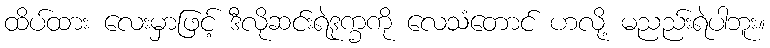
ထိပ်ထား လေးမှာဖြင့် ဒီလိုဆင်းရဲဒုက္ခကို လေသံတောင် ဟလို့ မညည်းရဲပါဘူး။